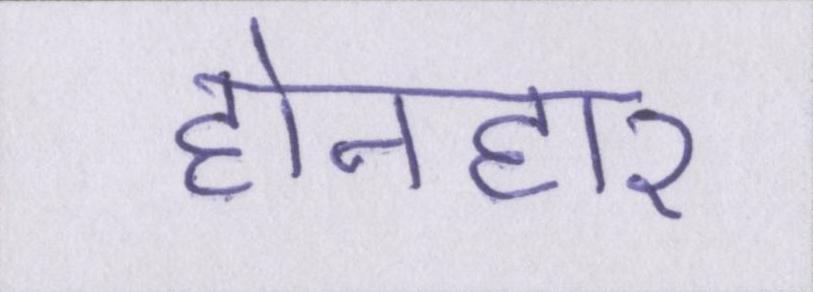
होनहार